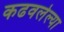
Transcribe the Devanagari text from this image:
कढवलेल्या